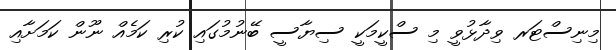
މިނިސްޓަރ ވިދާޅުވީ މި ސްކީމަކީ ސިޔާސީ ބޭނުމުގައި ކުރި ކަމެއް ނޫން ކަމަށާއި